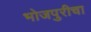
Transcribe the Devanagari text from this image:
भोजपुरीचा